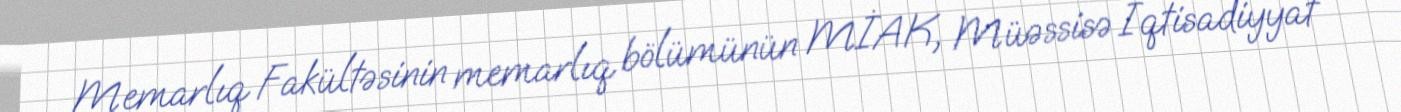
Memarlıq Fakültəsinin memarlıq bölümünün MİAK, Müəssisə İqtisadiyyat